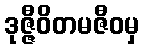
ဒုဇ္ဇီဝိတမဇီဝမှ